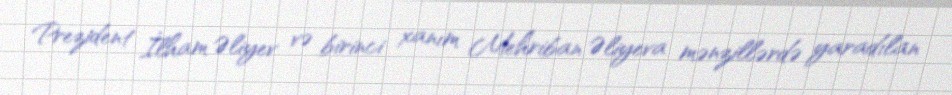
Prezident İlham Əliyev və birinci xanım Mehriban Əliyeva mənzillərdə yaradılan